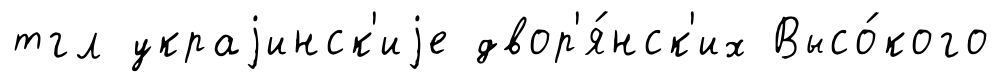
тгл украjинск'иjе двор'я́нск'их Высо́кого